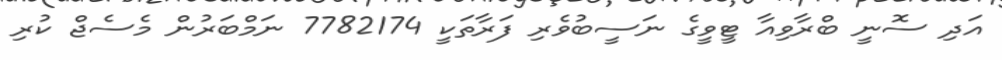
އަދި ސޮނީ ބްރާވިއާ ޓީވީގެ ނަސީބުވެރި ފަރާތަކީ 7782174 ނަމްބަރުން މެސެޖް ކުރި